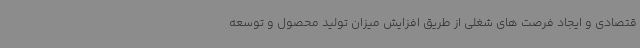
قتصادی و ایجاد فرصت های شغلی از طریق افزایش میزان تولید محصول و توسعه